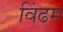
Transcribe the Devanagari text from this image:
विंढम